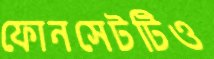
ফোনসেটটিও